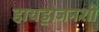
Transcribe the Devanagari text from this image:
हायड्रोजनशी